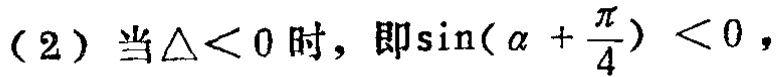
(2) 当\(\Delta<0\)时，即\(\sin(\alpha +\frac{\pi}{4}) < 0\)，